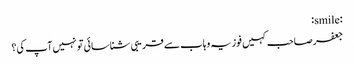
:smile:
جعفر صاحب کہیں فوزیہ وہاب سے قریبی شناسائی تو نہیں آپ کی؟